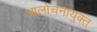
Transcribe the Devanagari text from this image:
आलोचनायुक्त